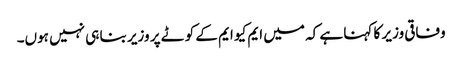
وفاقی وزیر کا کہنا ہے کہ میں ایم کیو ایم کے کوٹے پر وزیر بنا ہی نہیں ہوں۔